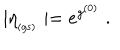
\mid \eta _ { _ \mathrm { ( g s ) } } \mid = e ^ { g ^ { ( 0 ) } } \; .